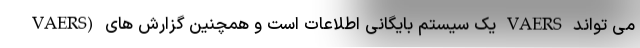
VAERS) یک سیستم بایگانی اطلاعات است و همچنین گزارش های VAERS می تواند